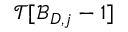
\mathcal { T } [ \mathcal { B } _ { D , j } - 1 ]